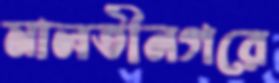
মালতীনগরে